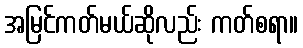
အမြင်ကတ်မယ်ဆိုလည်း ကတ်စရာ။